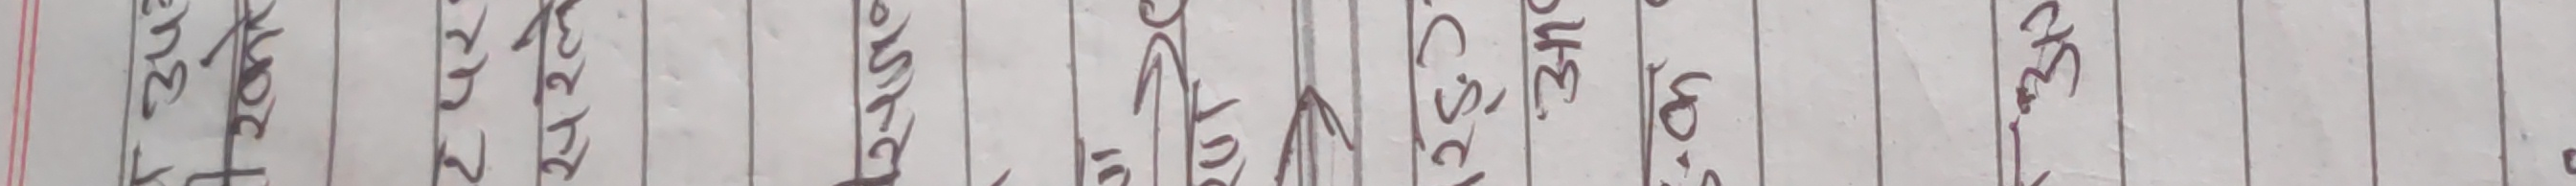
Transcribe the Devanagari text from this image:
चकलेथी, उडी स्केट्स, एस्क्रीस, वोइन्डीगेट्स, रैट, आकेरीस्के